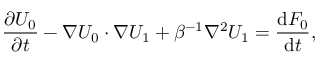
\frac { \partial U _ { 0 } } { \partial t } - \nabla U _ { 0 } \cdot \nabla U _ { 1 } + \beta ^ { - 1 } \nabla ^ { 2 } U _ { 1 } = \frac { \mathrm { d } F _ { 0 } } { \mathrm { d } t } ,